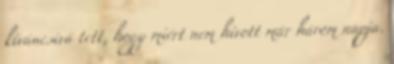
kíváncsivá tett, hogy miért nem hívott már három napja.